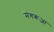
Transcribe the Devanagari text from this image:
मंगरूआ